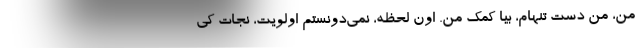
من، من دست تنهام، بيا كمك من. اون لحظه، نمي‌دونستم اولويت، نجات كي